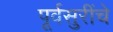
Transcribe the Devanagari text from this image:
पूर्वसुरींचे